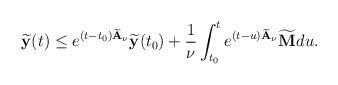
LaTeX: \begin{align*}\widetilde{\mathbf{y}}(t)\leq e^{(t-t_0)\widetilde{\mathbf{A}}_\nu}\widetilde{\mathbf{y}}(t_0)+\frac{1}{\nu}\int_{t_0}^te^{(t-u)\widetilde{\mathbf{A}}_\nu}\widetilde{\mathbf{M}}du.\end{align*}